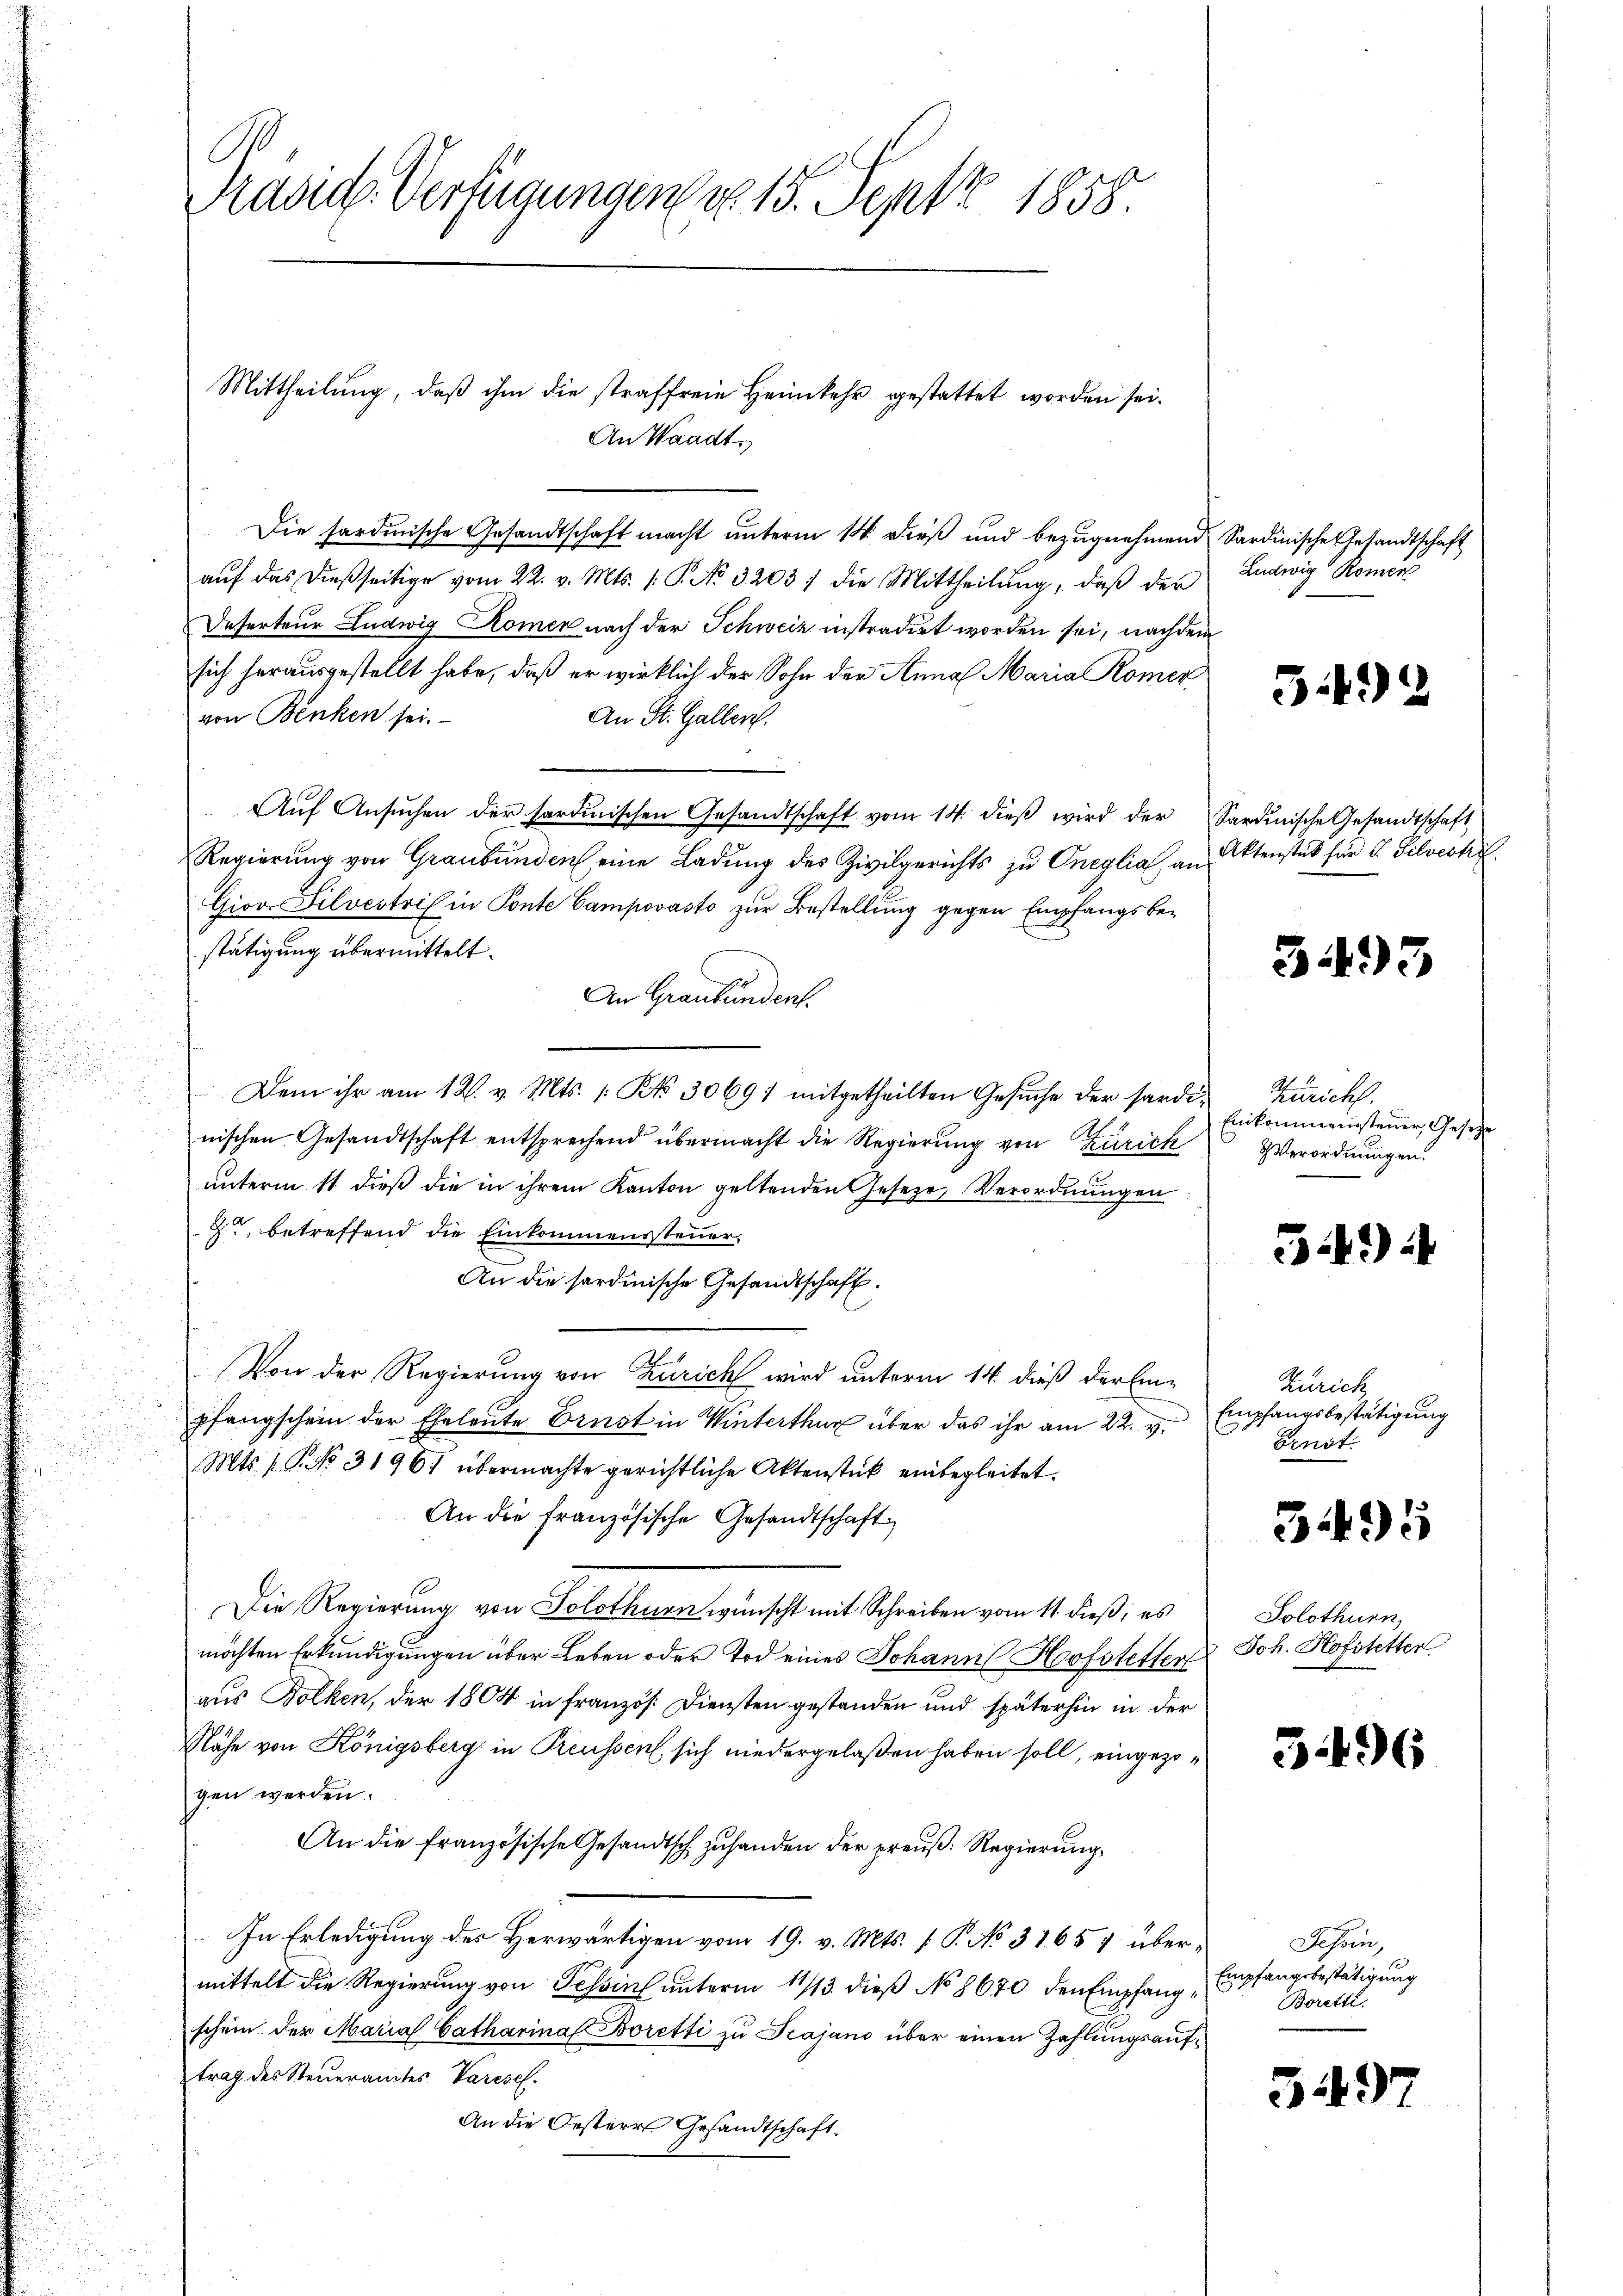
Präsid-Verfügungen vo 15. Sept 1858.

An Waadt,

Die sardinische Gesandtschaft macht unterm 14. dieß und bezugnehmend
aŭf das dießseitige vom 22. v. Mts. /: P. No 3203) die Mittheilŭng, daβ der
Deserteur Ludwig Komer nach der Schweiz instradirt worden sei, nachdem
sich herausgestellt habe, daß er wirklich der Sohn der Anna Maria Römer
von Benken sei.
An St. Gallen.
Aŭf Ansŭchen der sardinischen Gesandtschaft vom 14. dieβ wird der
Regierung von Graubünden eine Ladung des Zivilgerichts zu Oneglia, an
Giov Silvestris in Ponte Campovasto zur Bestellung gegen Empfangsbestätigung übermittelt.
An Graubundent.
Dem ihr am 12. v. Mts. Bd. 3069) mitgetheilten Gesuche der Sardi- Züricht.
E
nischen Gesandtschaft entsprechend übermacht die Regierung von Zürich
unterm 11 dieß die in ihrem Kanton geltenden Geseze, Verordnungen
z, betreffend die Einkommenssteuer
An die sardinische Gesandtschaft.
Von der Regierung von Zürich wird unterm 14. dieß der Einpfangschein der Eheleute Ernst in Winterthur über das ihr am 22. v.
Mts. f. P. No. 31961 übermachte gerichtliche Aktenstück einbegleitet.
An die französische Gesandtschaft
Die Regierung von Solothurn wünscht mit Schreiben vom 11. dieß, es
möchten Erkundigungen über Leben oder Tod eines Johann Hofstetter
aus Bolken, der 1804 in französ. Diensten gestanden und späterhin in der
Nähe von Königsberg in Preussen sich niedergelaßen haben soll, eingezogen werden.
An die französische Gesandtsch zuhanden der preuß. Regierung
In Erledigung des Herwärtigen vom 19. v. Mts. 1. P. No 31657 übermittelt die Regierung von Schin unterm 11/13. dieß No 8670 den Empfang „Empfangsbestätigung
schein der Maria Catharina Boretti zu Scajano über einen Zahlungsauftrag des Steueramtes Parisch.
An die Oesteres Gesandtschaft.

Mittheilung, daß ihm die straffreie Heimkehr gestattet worden sei.

D Sardinische Gesandtschaft
Ludwig Romen

5.492

Sardinische Gesandtschaft
Aktenstück für 5. Silvesti

31493

Einkommenssteuer Gesetze
VVerordnungen.

)

Zürich
Empfangsbestätigung
Brust.

3495

Solothurn,
Joh. Hofstetter

3496

Tessin,
Boretti.

549)